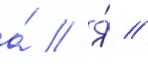
а́ // Я́ //